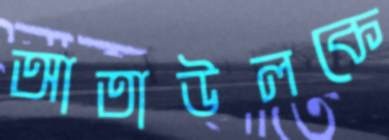
আতাউলকে